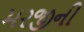
મરજીની